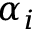
\alpha _ { i }